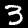
Digit: 3